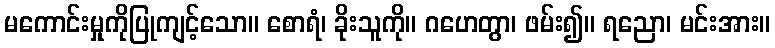
မကောင်းမှုကိုပြုကျင့်သော။ စောရံ၊ ခိုးသူကို။ ဂဟေတွာ၊ ဖမ်း၍။ ရညော၊ မင်းအား။